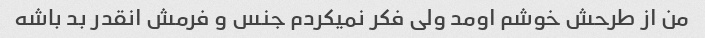
من از طرحش خوشم اومد ولی فکر نمیکردم جنس و فرمش انقدر بد باشه